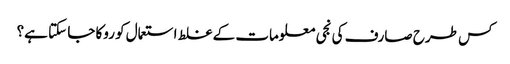
کس طرح صارف کی نجی معلومات کے غلط استعمال کو روکا جا سکتا ہے؟